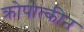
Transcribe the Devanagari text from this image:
क्रोपोत्कीन